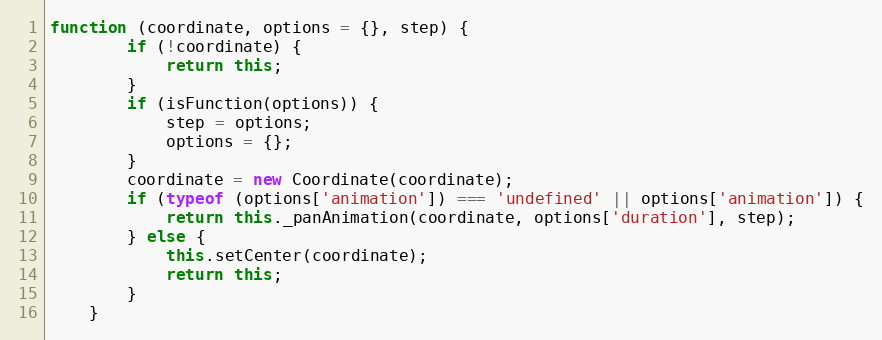
Language: JavaScript
function (coordinate, options = {}, step) {
        if (!coordinate) {
            return this;
        }
        if (isFunction(options)) {
            step = options;
            options = {};
        }
        coordinate = new Coordinate(coordinate);
        if (typeof (options['animation']) === 'undefined' || options['animation']) {
            return this._panAnimation(coordinate, options['duration'], step);
        } else {
            this.setCenter(coordinate);
            return this;
        }
    }